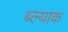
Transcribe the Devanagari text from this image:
ब्ल्याक